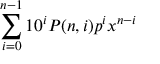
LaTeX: \sum _ { i = 0 } ^ { n - 1 } 1 0 ^ { i } P ( n , i ) p ^ { i } x ^ { n - i }